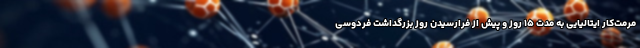
مرمت‌کار ایتالیایی به مدت ۱۵ روز و پیش از فرارسیدن روز بزرگداشت فردوسی